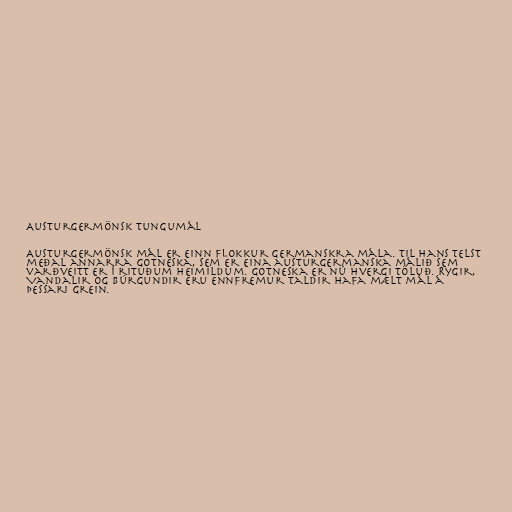
Austurgermönsk tungumál

Austurgermönsk mál er einn flokkur germanskra mála. Til hans telst
meðal annarra gotneska, sem er eina austurgermanska málið sem
varðveitt er í rituðum heimildum. Gotneska er nú hvergi töluð. Rygir,
Vandalir og Búrgundir eru ennfremur taldir hafa mælt mál á
þessari grein.